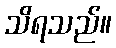
သိရသည်။